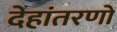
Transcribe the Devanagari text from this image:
देहांतरणों